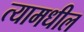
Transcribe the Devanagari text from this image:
त्‍यामधील